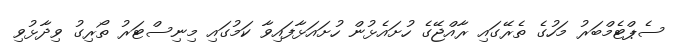
ސެޕްޓެމްބަރު މަހުގެ ތެރޭގައި ރާއްޖޭގެ ހުށައެޅުން ހުށައަޅާފައިވާ ކަމުގައި މިނިސްޓަރު ތޯރިގު ވިދާޅުވި